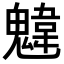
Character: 𩳷